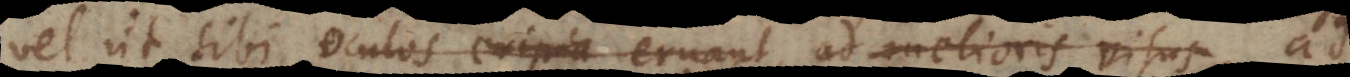
vel ut sibi oculos eripia eruant ad melioris visus a